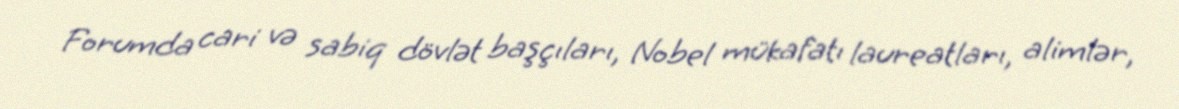
Forumda cari və sabiq dövlət başçıları, Nobel mükafatı laureatları, alimlər,